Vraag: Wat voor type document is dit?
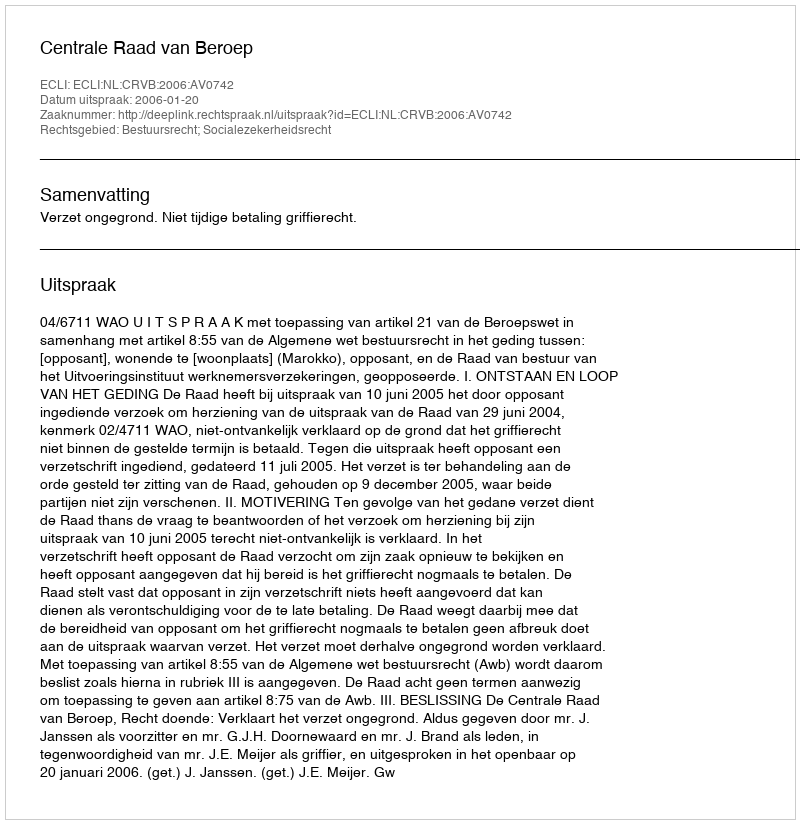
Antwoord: Uitspraak